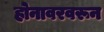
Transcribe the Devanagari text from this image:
होनावरवरून